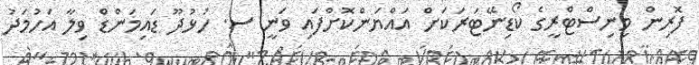
ފޮރިން މިނިސްޓްރީގެ ކޯޑިނޭޓަރަކަށް އައްޔަންކޮށްފައި ވަނީ ސ. ހުޅުދޫ ޑައިމަންޑް ވިލާ އަހުމަދު